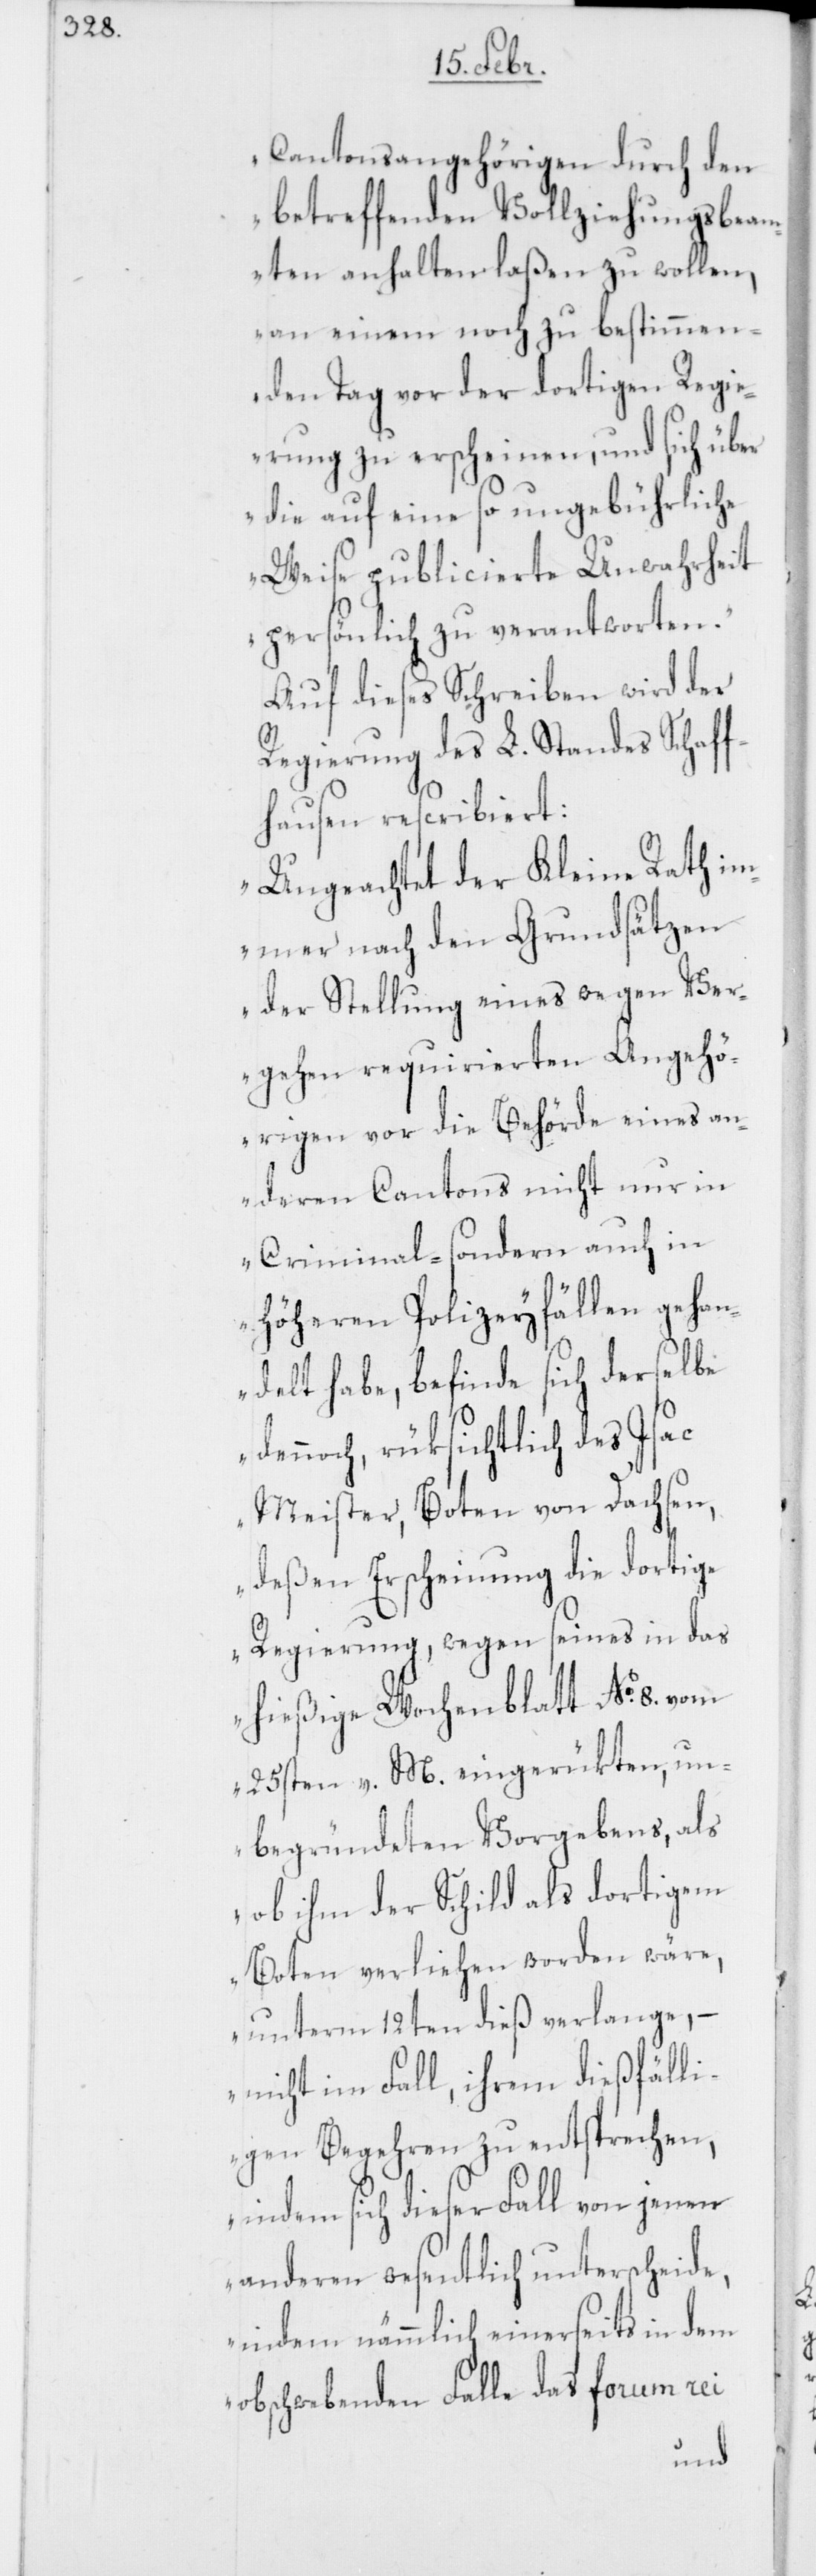
Cantonsangehörigen durch den
betreffenden Vollziehungsbeam¬
ten anhalten laßen zu wollen,
an einem noch zu bestimmen¬
den Tag vor der dortigen Regi¬
erung zu erscheinen, und sich über
die auf eine so ungebührliche
Weise publicierte Unwahrheit
persönlich zu verantworten.“
Auf dieses Schreiben wird der
Regierung des L. Standes Schaff¬
hausen rescribiert:
„Ungeachtet der Kleine Rath im¬
mer nach den Grundsätzen
der Stellung eines wegen Ver¬
gehen requirierten Angehö¬
rigen vor die Behörde eines an¬
deren Cantons nicht nur in
Crimial-, sondern auch in
Höheren Polizeyfällen gehan¬
delt habe, befinde sich derselbe
dennoch, rüksichtlich des Isac
Meister, Boten von Dachsen,
deßen Erscheinung die dortige
Regierung, wegen seines in das
hießige Wochenblatt No. 8. vom
25sten v. M. eingerükten, un¬
begründeten Vorgebens, als
ob ihm der Schild als dortigem
Boten verliehen worden wäre,
unterm 12ten dieß verlange,
– nicht im Fall, ihrem dießfälli¬
gen Begehren zu entsprechen,
indem sich dieser Fall von jenen
anderen wesentlich unterscheide,
indem nämmlich einerseits in dem
obschwebenden Falle das forum rei